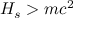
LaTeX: H _ { s } > m c ^ { 2 }